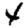
Digit: 4